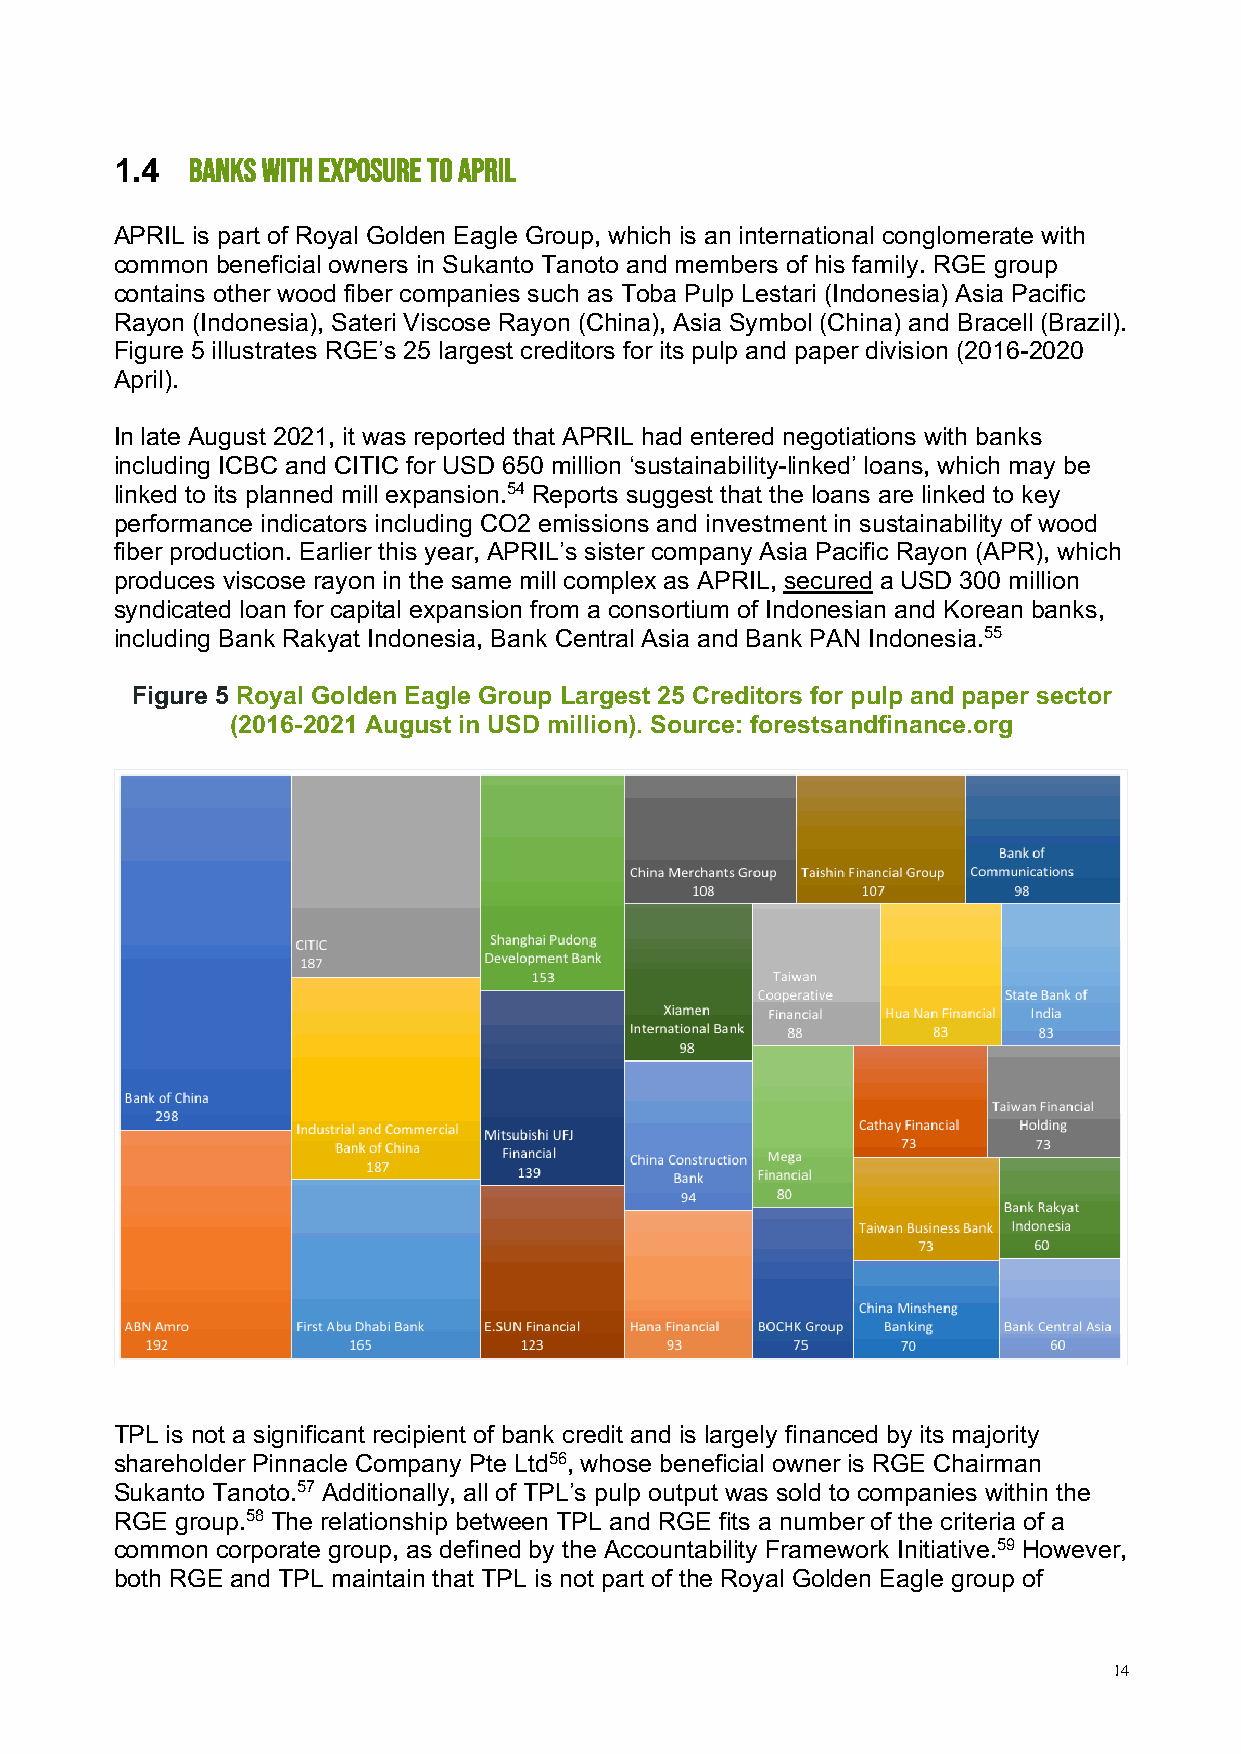
1.4 BANKS WITH EXPOSURE TO APRIL
 APRIL is part of Royal Golden Eagle Group, which is an international conglomerate with
 common beneficial owners in Sukanto Tanoto and members of his family. RGE group
 contains other wood fiber companies such as Toba Pulp Lestari (Indonesia) Asia Pacific
 Rayon (Indonesia), Sateri Viscose Rayon (China), Asia Symbol (China) and Bracell (Brazil).
 Figure 5 illustrates RGE’s 25 largest creditors for its pulp and paper division (2016-2020
 April).
 In late August 2021, it was reported that APRIL had entered negotiations with banks
 including ICBC and CITIC for USD 650 million ‘sustainability-linked’ loans, which may be
 linked to its planned mill expansion.54 Reports suggest that the loans are linked to key
 performance indicators including CO2 emissions and investment in sustainability of wood
 fiber production. Earlier this year, APRIL’s sister company Asia Pacific Rayon (APR), which
 produces viscose rayon in the same mill complex as APRIL, secured a USD 300 million
 syndicated loan for capital expansion from a consortium of Indonesian and Korean banks,
 including Bank Rakyat Indonesia, Bank Central Asia and Bank PAN Indonesia.55
 Figure 5 Royal Golden Eagle Group Largest 25 Creditors for pulp and paper sector
 (2016-2021 August in USD million). Source: forestsandfinance.org
 TPL is not a significant recipient of bank credit and is largely financed by its majority
 shareholder Pinnacle Company Pte Ltd56, whose beneficial owner is RGE Chairman
 Sukanto Tanoto.57 Additionally, all of TPL’s pulp output was sold to companies within the
 RGE group.58 The relationship between TPL and RGE fits a number of the criteria of a
 common corporate group, as defined by the Accountability Framework Initiative.59 However,
 both RGE and TPL maintain that TPL is not part of the Royal Golden Eagle group of
 14